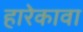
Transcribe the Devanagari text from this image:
हारेकावा